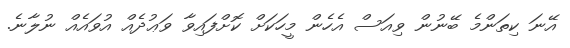
އޭނަ ކިތަންމެ ބޭނުން ވިއަސް އެހެން މީހަކަށް ކޮށްފައިވާ ވަޢުދެއް އުވައެއް ނުލާނެ.